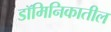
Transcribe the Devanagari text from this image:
डॉमिनिकातील